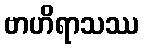
ဗာဟိရာသဿ